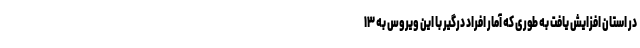
در استان افزایش یافت به طوری که آمار افراد درگیر با این ویروس به ۱۳